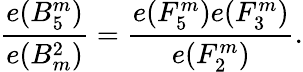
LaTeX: {\frac{e(B_{5}^{m})}{e(B_{m}^{2})}}={\frac{e(F_{5}^{m})e(F_{3}^{m})}{e(F_{2}^{m})}}.